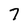
Character: 7